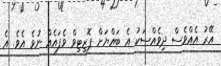
އޭރު އެއްވެސް ދިވެއްސަކު އެ ބައްޔަށް ޕޮޒިޓިވް ވެފައެއް ނުވެ އެވެ. އެ